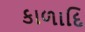
કાળાદિ